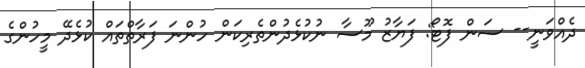
ދެއްވަނީ-- ސަން ފޮޓޯ: ފަޔާޒު މޫސާ ނުކުޅެދުންތެރިކަން ހުންނަ ފަރާތްތައް ކުޅެދޭ މީހުންގެ